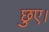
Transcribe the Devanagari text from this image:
छुए।